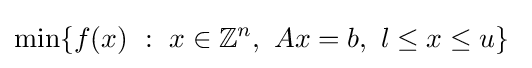
\min\{f(x)\ :\ x\in \mathbb {Z} ^{n},\ Ax=b,\ l\leq x\leq u\}\